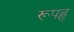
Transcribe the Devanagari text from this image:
रूपहृ